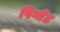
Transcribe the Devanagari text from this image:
पिग्मेंट